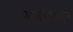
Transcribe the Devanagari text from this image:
आनंदापासून